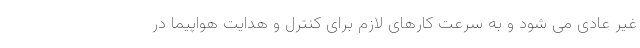
غیر عادی می شود و به سرعت کارهای لازم برای کنترل و هدایت هواپیما در